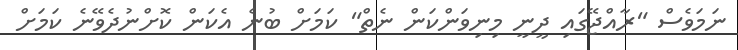
ނަމަވެސް "ރާއްޖޭގައި ދީނީ މިނިވަންކަން ނެތް" ކަމަށް ބުނެ އެކަން ކޮށްނުދެވޭނެ ކަމަށް